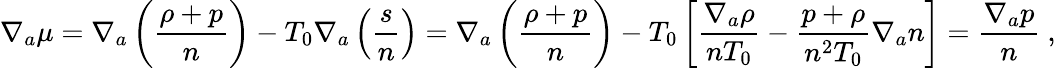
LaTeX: \nabla_{a}\mu=\nabla_{a}\left(\frac{\rho+p}{n}\right)-T_{0}\nabla_{a}\left(\frac{s}{n}\right)=\nabla_{a}\left(\frac{\rho+p}{n}\right)-T_{0}\left[\frac{\nabla_{a}\rho}{nT_{0}}-\frac{p+\rho}{n^{2}T_{0}}\nabla_{a}n\right]=\frac{\nabla_{a}p}{n}~,